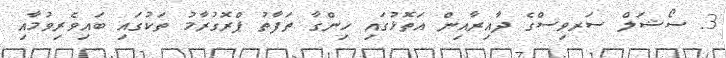
3. ސޯޝަލް ސަރވިސްގެ ދާއިރާއިން އަތޮޅުގައި ހިންގާ ތަފާތު ޕްރޮގުރާމު ތަކުގައި ބައިވެރިވުމާއި